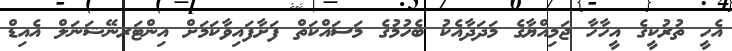
އެހީ ތުރުކީގެ އީހާހާ ޖަމިއްޔާގެ މަދަދާއެކު ބެހުމުގެ މަސައްކަތް ފަށާފައިވާކަމަށް އިންޓަރނޭޝަނަލް އެއިޑް